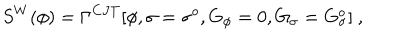
S ^ { W } ( \phi ) = \Gamma ^ { C J T } [ \phi , \sigma = \sigma ^ { o } , G _ { \phi } = 0 , G _ { \sigma } = G _ { \sigma } ^ { o } ] ~ ,